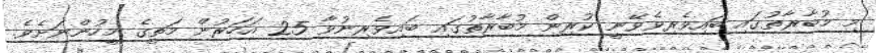
މި މުބާރާތުގައި ބައިވެރިވެވޭނީ ކުރިން މުބާރާތުގައި ބައިވެރިނުވާ 25 އަހަރުން މަތީގެ މީހުންނަށެވެ.